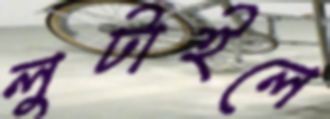
লুটাইলে